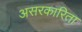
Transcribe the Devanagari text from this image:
असरकारिता